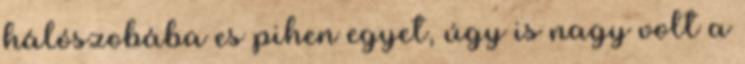
hálószobába es pihen egyet, úgy is nagy volt a